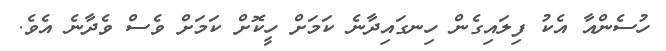
ހުސެންއާ އެކު ފިލައިގެން ހިނގައިދާނެ ކަމަށް ހީކޮށް ކަމަށް ވެސް ވެދާނެ އެވެ.